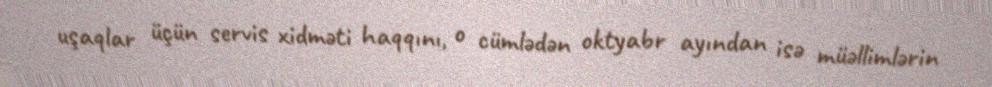
uşaqlar üçün servis xidməti haqqını, o cümlədən oktyabr ayından isə müəllimlərin